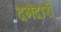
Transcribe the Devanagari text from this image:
दमदारी